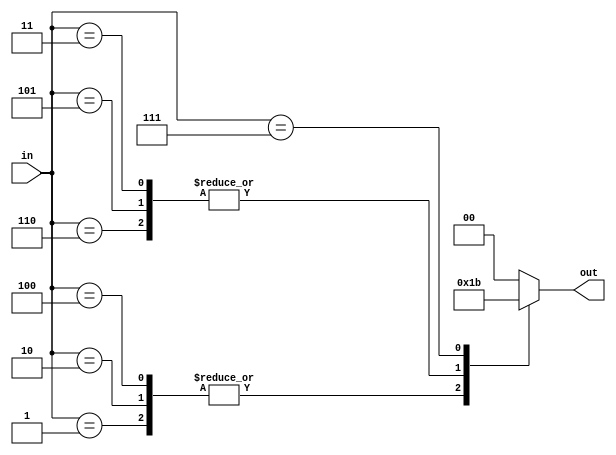
module top_module( 
    input [2:0] in,
    output [1:0] out );
    integer i;
    
    wire [1:0] temp;
    always @(*) begin
        case(in)
            3'b001 : out <= 3'b001;
            3'b010 : out <= 3'b001;
            3'b100 : out <= 3'b001;
            3'b110 : out <= 3'b010;
            3'b101 : out <= 3'b010;
            3'b011 : out <= 3'b010;
            3'b111 : out <= 3'b011;
            default : out <= 3'b000;
        endcase
    end
endmodule